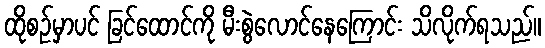
ထိုစဉ်မှာပင် ခြင်ထောင်ကို မီးစွဲလောင်နေကြောင်း သိလိုက်ရသည်။